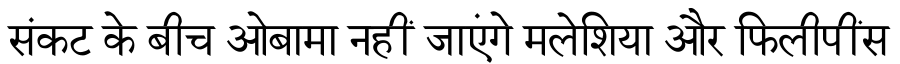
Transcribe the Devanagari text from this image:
संकट के बीच ओबामा नहीं जाएंगे मलेशिया और फिलीपींस